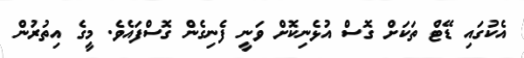
އެކުގައި ޑޭޓް ތަކަށް ގޮސް އުޅެނިކޮށް ވަނީ ފެނިގެން ގޮސްފައެވެ. މީގެ އިތުރުން